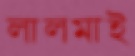
লালমাই